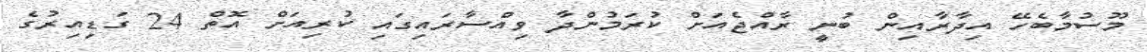
މޫސުމާބެހޭ އިދާރާއިން ބުނީ ރާއްޖެއަށް ކުރަމުންދާ ވިއްސާރައިގައި ކުރިއަށް އޮތް 24 ގަޑިއިރުގެ